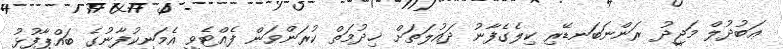
ޢަބުދުލް މަޖީދު ރަންނަބަނޑޭރި ކިލެގެފާނު ދައުލަތަށް ޚިދުމަތް ކުރަންވަން ފެއްޓެވީ އެމަނިކުފާނުގެ ބައްޕާފުޅު